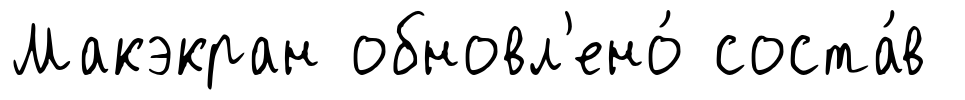
Макэкран обновл'ено́ соста́в